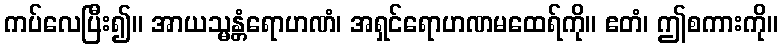
ကပ်လေပြီး၍။ အာယသ္မန္တံရောဟဏံ၊ အရှင်ရောဟဏမထေရ်ကို။ ဧတံ၊ ဤစကားကို။